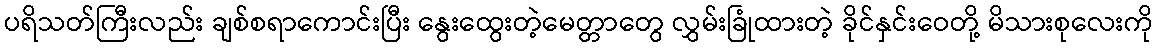
ပရိသတ်ကြီးလည်း ချစ်စရာကောင်းပြီး နွေးထွေးတဲ့မေတ္တာတွေ လွှမ်းခြုံထားတဲ့ ခိုင်နှင်းဝေတို့ မိသားစုလေးကို